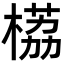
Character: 𬃹